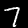
Digit: 7